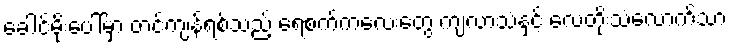
ခေါင်မိုးပေါ်မှာ တင်ကျန်ရစ်သည့် ရေစက်ကလေးတွေ ကျလာသံနှင့် လေတိုးသံလောက်သာ